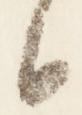
日